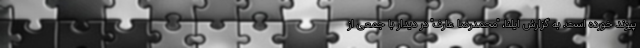
پیوند خورده است. به گزارش ایلنا، "محمدرضا عارف" در دیدار با جمعی از